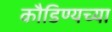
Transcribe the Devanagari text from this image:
कौडिण्यच्या